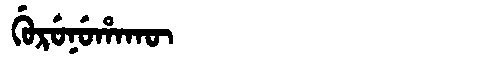
Manchu: ᡤᡠᡵᡠᠨᡠᡥᠠᡴᡡ
Romanization: GURUNUHAKŪ